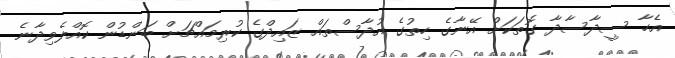
އެހާ ސީދާސާދާ ގޮތަކަށް އޭނާގެ ހިތުގެ އުދާސްތައް ޒައިދްގެ ކުރިމައްޗަށް ބަންޑުން ކޮއްލެވިދާނެ